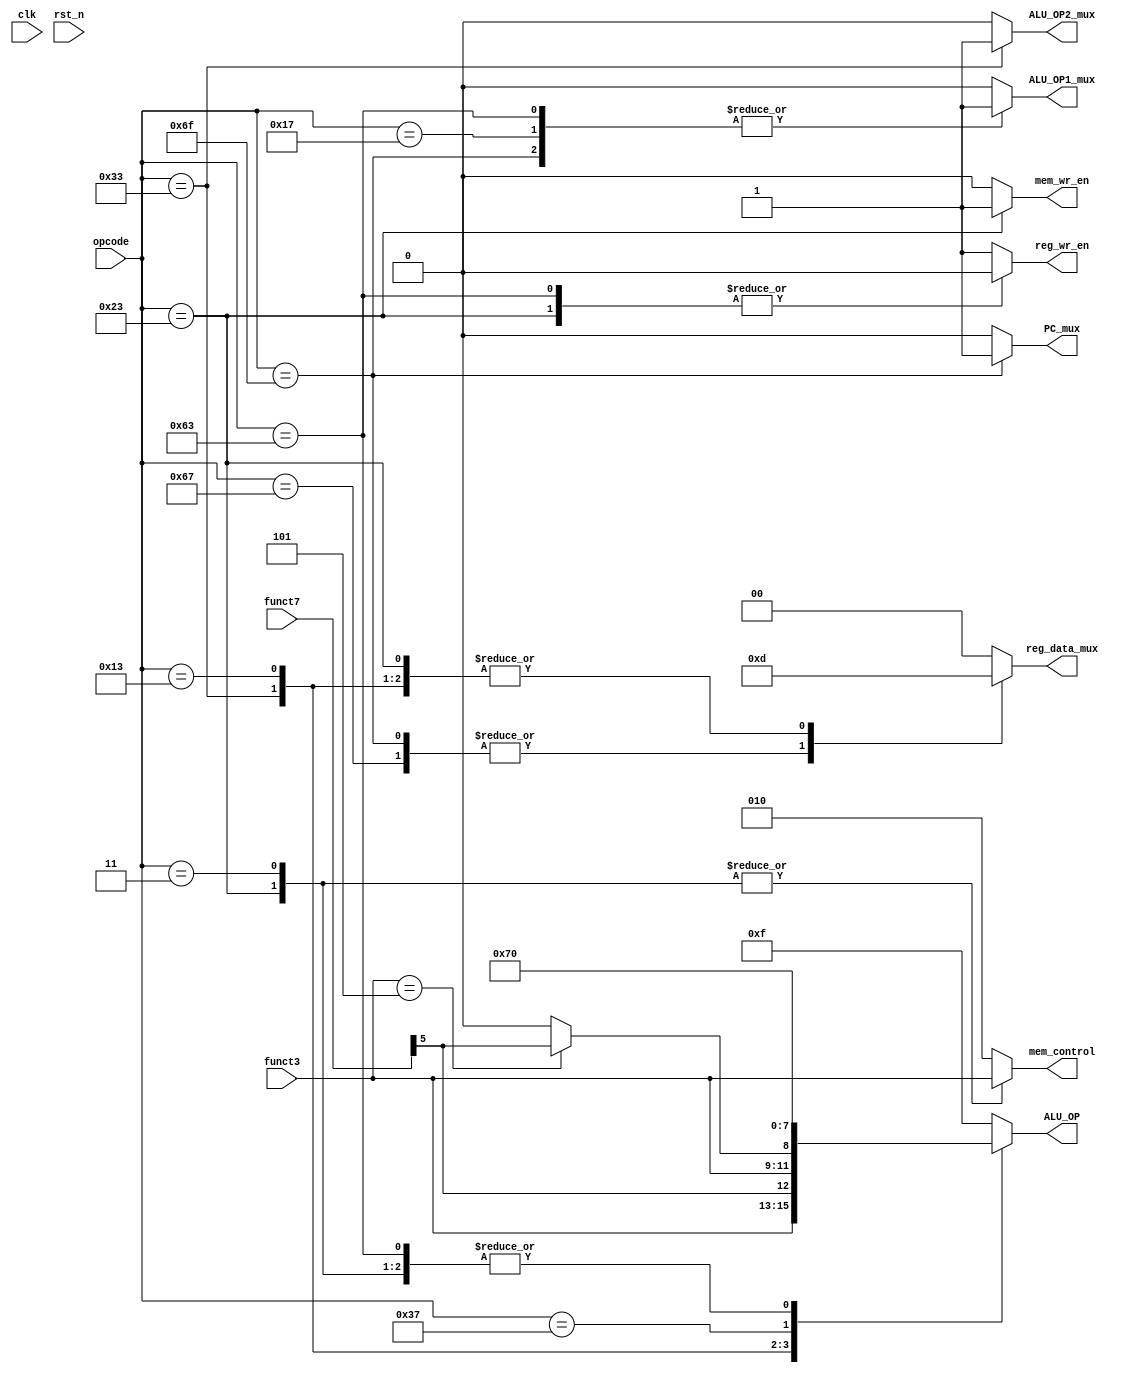
module controller(
    input  wire       clk,
    input  wire       rst_n,
    input  wire [6:0] opcode,
    input  wire [2:0] funct3,
    input  wire [6:0] funct7,
    // input  wire       branch_taken,
    // output reg         branch,
    output reg         PC_mux,
    output reg         ALU_OP1_mux,
    output reg         ALU_OP2_mux,
    output reg  [3:0]  ALU_OP,
    output reg  [1:0]  reg_data_mux,
    output reg         reg_wr_en, 
    output reg         mem_wr_en,
    output reg  [2:0]  mem_control
);

    // reg [1:0] ALU_mode;

    localparam OP_ADD = 4'b0000;
    localparam OP_BP  = 4'b0111;

    always @(opcode or funct3 or funct7) begin
        PC_mux       = 0;
        ALU_OP1_mux  = 0;
        ALU_OP2_mux  = 0;
        reg_wr_en    = 1;
        mem_wr_en    = 0;
        reg_data_mux = 0;
        ALU_OP       = 4'hf;
        mem_control  = 3'b010;
        // branch = 0;
        case (opcode)
            7'b011_0011: //R-type
            begin
                ALU_OP2_mux  = 1;
                reg_data_mux = 2'b01;
                ALU_OP = {funct3,funct7[5]};

            end
            7'b001_0011: //I-type
            begin
                reg_data_mux = 2'b01;
                // reg_wr_en = 1; 
                ALU_OP = (funct3 == 3'b101) ? {funct3,funct7[5]}:{funct3,1'b0};
            end
            7'b010_0011: //s-type
            begin
                reg_wr_en = 0;
                mem_wr_en = 1;
                reg_data_mux = 2'b01;
                mem_control = funct3;
                ALU_OP = OP_ADD;
            end
            7'b000_0011: // l-type
            begin
                mem_control = funct3;
                // reg_wr_en = 1;
                ALU_OP = OP_ADD;
            end 
            7'b110_0011: //B-type
            begin 
                // PC_mux = 
                // if(branch_taken)
                //     PC_mux = 1;
                ALU_OP1_mux = 1; 
                reg_wr_en = 0;
                ALU_OP = OP_ADD;

            end
            7'b110_0111: //JALR
            begin
                // reg_wr_en = 1;
                reg_data_mux = 2'b11;
                ALU_OP = OP_ADD;
            end
            7'b110_1111: //JAL
            begin
                // reg_wr_en = 1;
                PC_mux = 1;
                ALU_OP1_mux = 1; 
                reg_data_mux = 2'b11;
                ALU_OP = OP_ADD;
            end
            7'b011_0111: //LUI
            begin 
                // reg_wr_en = 1;
                reg_data_mux = 2'b01;
                ALU_OP = OP_BP;
            end
            7'b001_0111: //AUIPC
            begin 
                // reg_wr_en = 1;
                ALU_OP1_mux = 1; 
                reg_data_mux = 2'b01;
                ALU_OP = OP_ADD;
            end
        endcase
    end
endmodule